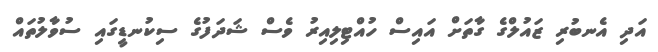
އަދި އެނބުރި ޒައުލްގެ ގާތަށް އައިސް ހުއްޓިލިއިރު ވެސް ޝަދަފުގެ ސިކުނޑީގައި ސުވާލުތައް